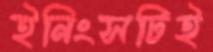
ইনিংসটিই